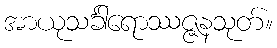
အာယုသင်္ခါရောဿဇ္ဇနသုတ်။